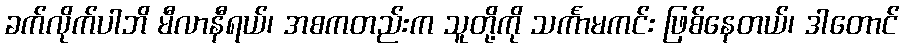
ခက်လိုက်ပါဘိ မီလာနီရယ်၊ အစကတည်းက သူတို့ကို သင်္ကာမကင်း ဖြစ်နေတယ်၊ ဒါတောင်